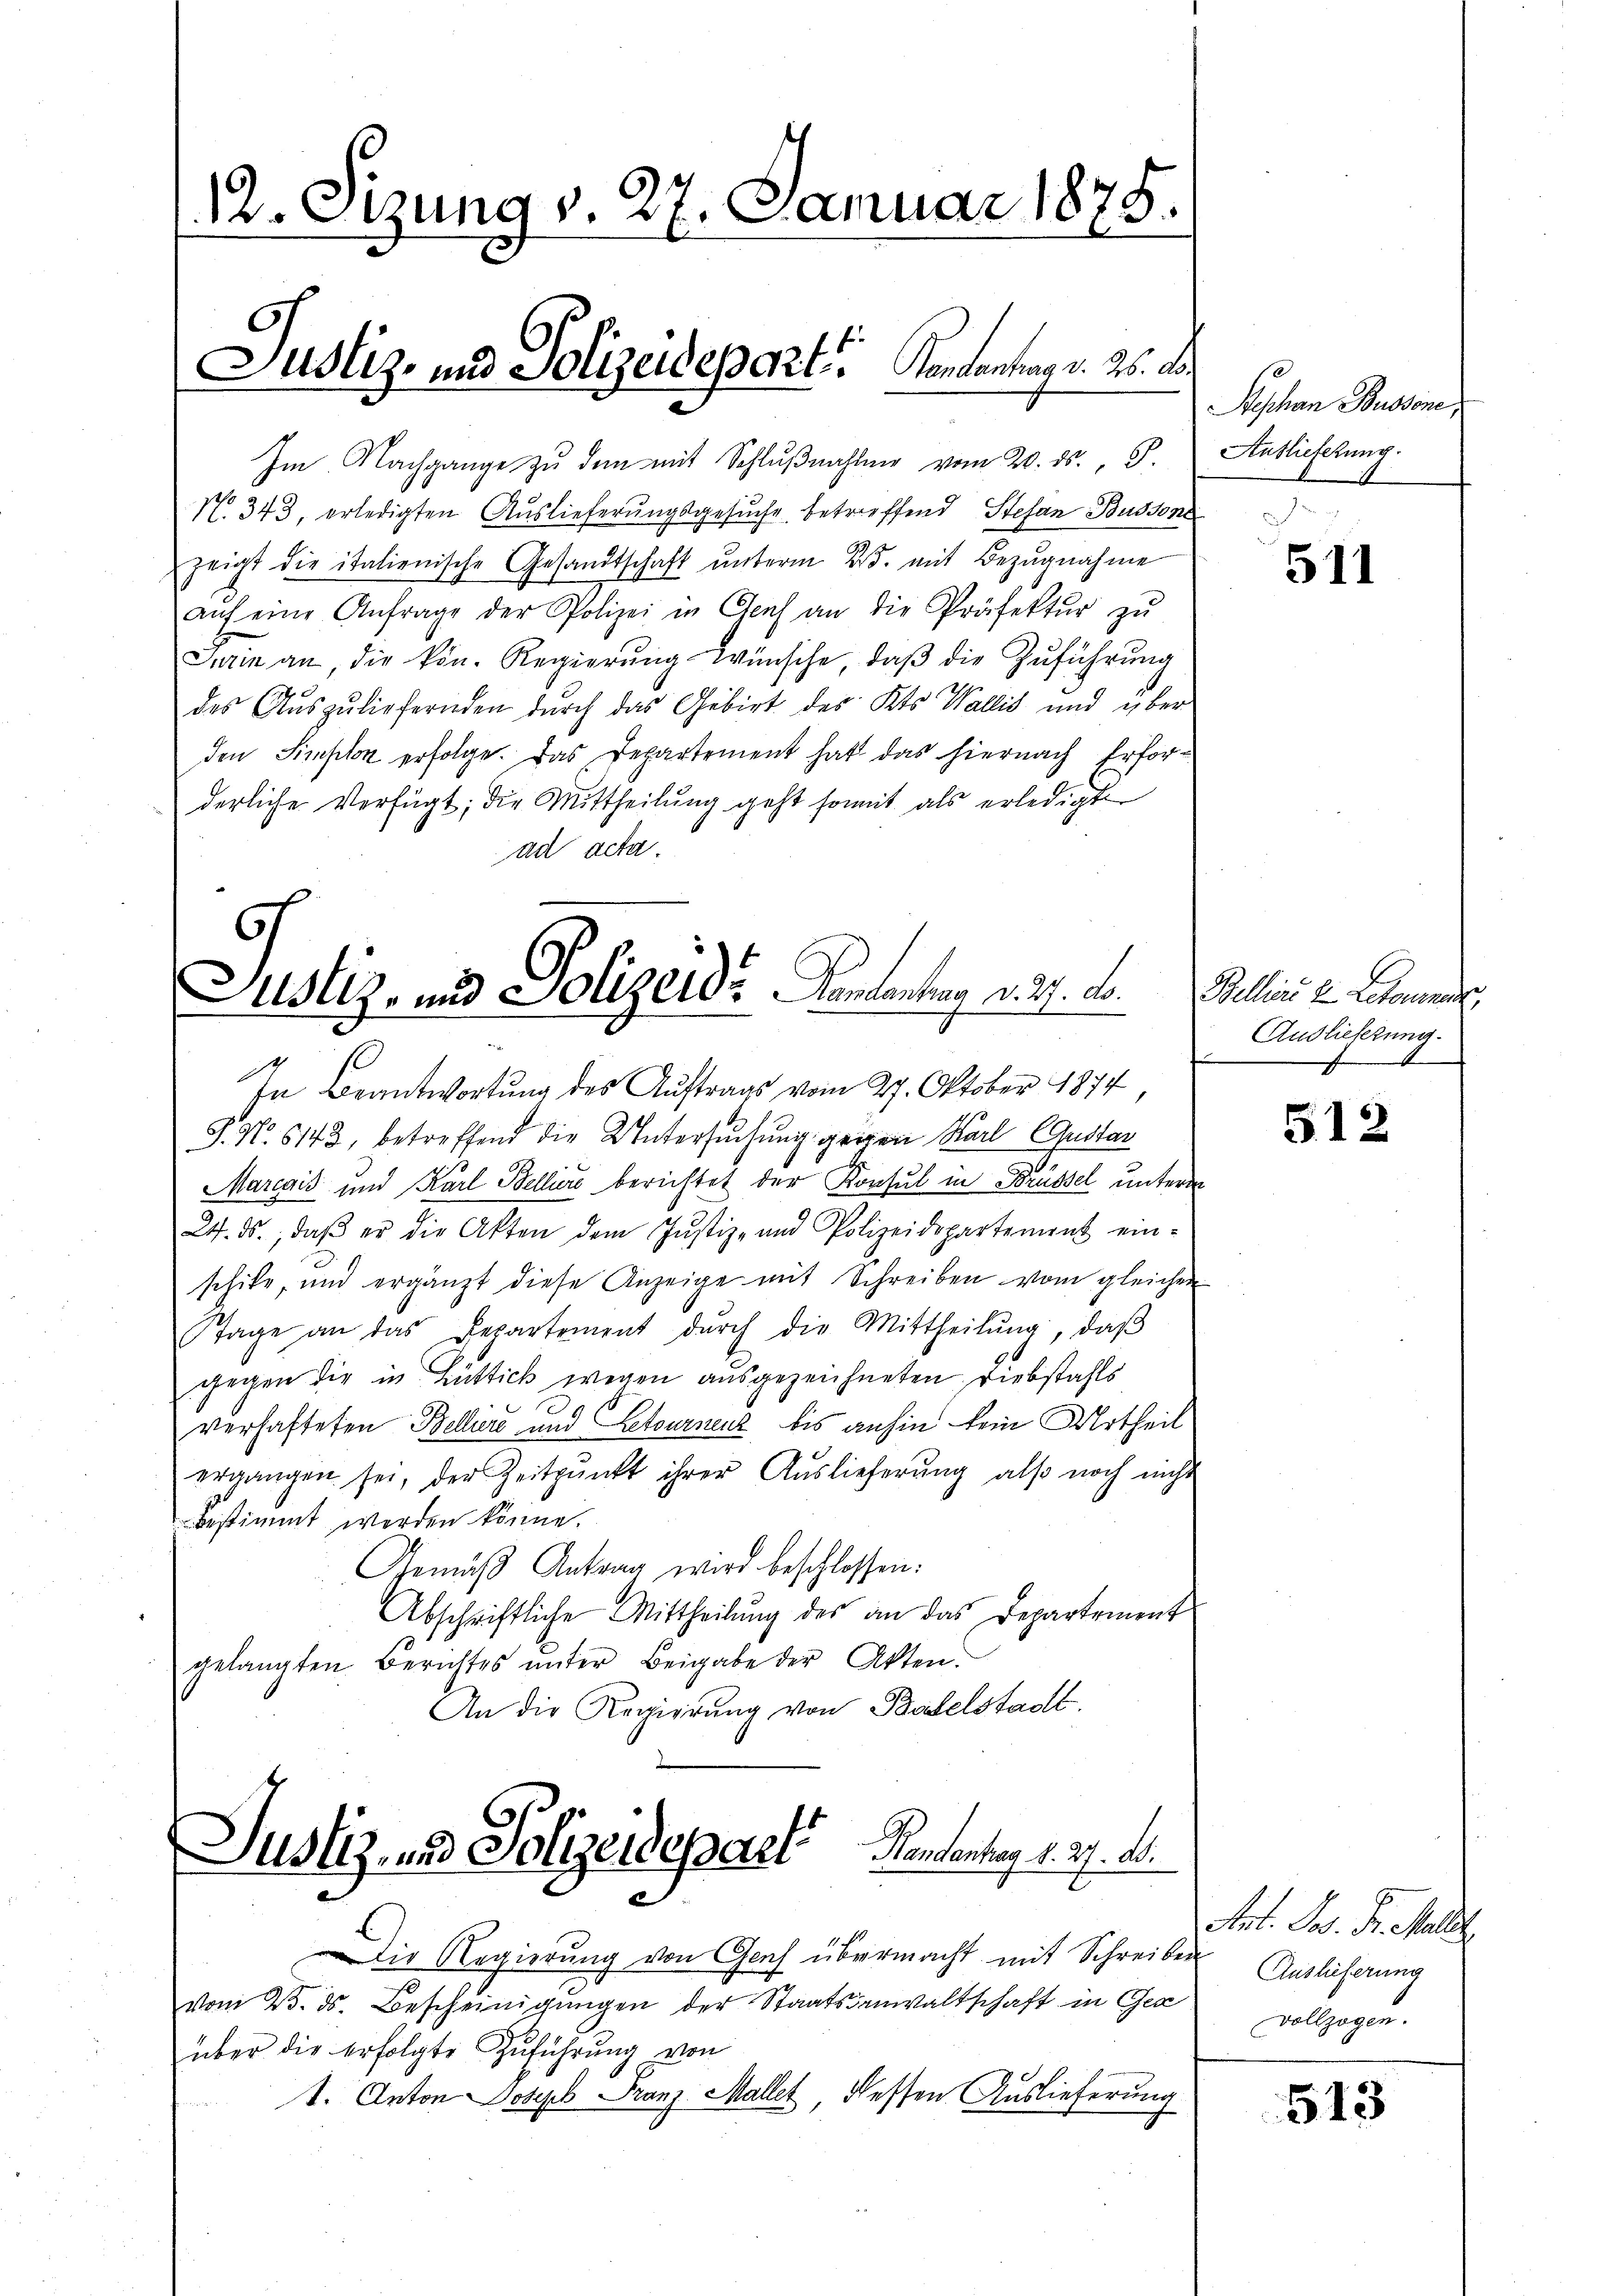
12. Sizung v. 27. Januar 1875.

S. No. 6143, betreffend die Untersŭchŭng geigen Karl Gustar
Marcais und Karl Belliers berichtet der Konsul in Brüssel unterm
24. ds., daβ er die Akten dem Justiz- und Polizeidepartement ein-
schicke, und ergänzt diese Anzeige mit Schreiben vom gleichen
Ftage an das Departement dŭrch die Mittheilŭng, daβ
gegen die in Büttick wegen ausgezeichneten Diebstahls
verhafteten Belliere und Retournenz bis anhin kein Urtheil
ergangen sei, der Zeitpunkt ihrer Auslieferung also noch nicht
bestimmt werden könne.
Gemäβ Antrag wird beschlossen:
Abschriftliche Mittheilung des an das Departement
gelangten Berichtes ŭnter Beigabe der Akten.
An die Regierung von Baselstadt.
Justiz- und Polizeidepaet Handentrag d. 27. A.

Justiz- und Polizeidepart, Koncentrag d. 25.

2.

Im Nachgange zu dem mit Schlŭβnahme vom 20. ds., S.
No. 343, erledigten Auslieferungsgesuche betreffend Stefan Bussone
zeigt die italienische Gesandtschaft ŭnterm 2. mit Bezŭgnahme
aŭf eine Anfrage der Polizei in Genf an die Präfektŭr zŭ
Turin an, die kön. Regierŭng wünsche, daβ die Zŭführŭng
des Aŭszŭliefernden dŭrch das Gebirt des Kts. Wallis und über
den Simplon erfolge. Das Departement hat das hiernach Erforderliche Verfügt, die Mittheilung geht somit als erledigte
ad acta.

¬
Justiz- und Polizeide Kantantrag d. 27. Lo
In Beantwortung des Auftrags vom 27. Oktober 1874,

c

Die Regierung von Genf übermacht mit Schreiben
vom 23. ds. Bescheinigungen der Staatsanwaltschaft in Ger
über die erfolgte Zuführung von
1. Anton Joseph Franz Mallet dessen Auslieferung

Sephan Busson,
Auslieferung.
4

511

Bellin 2. Leonas,
Auslieferung.

512

Art. Jos. Fr. alle
Auslieferung
vollzogen.

513